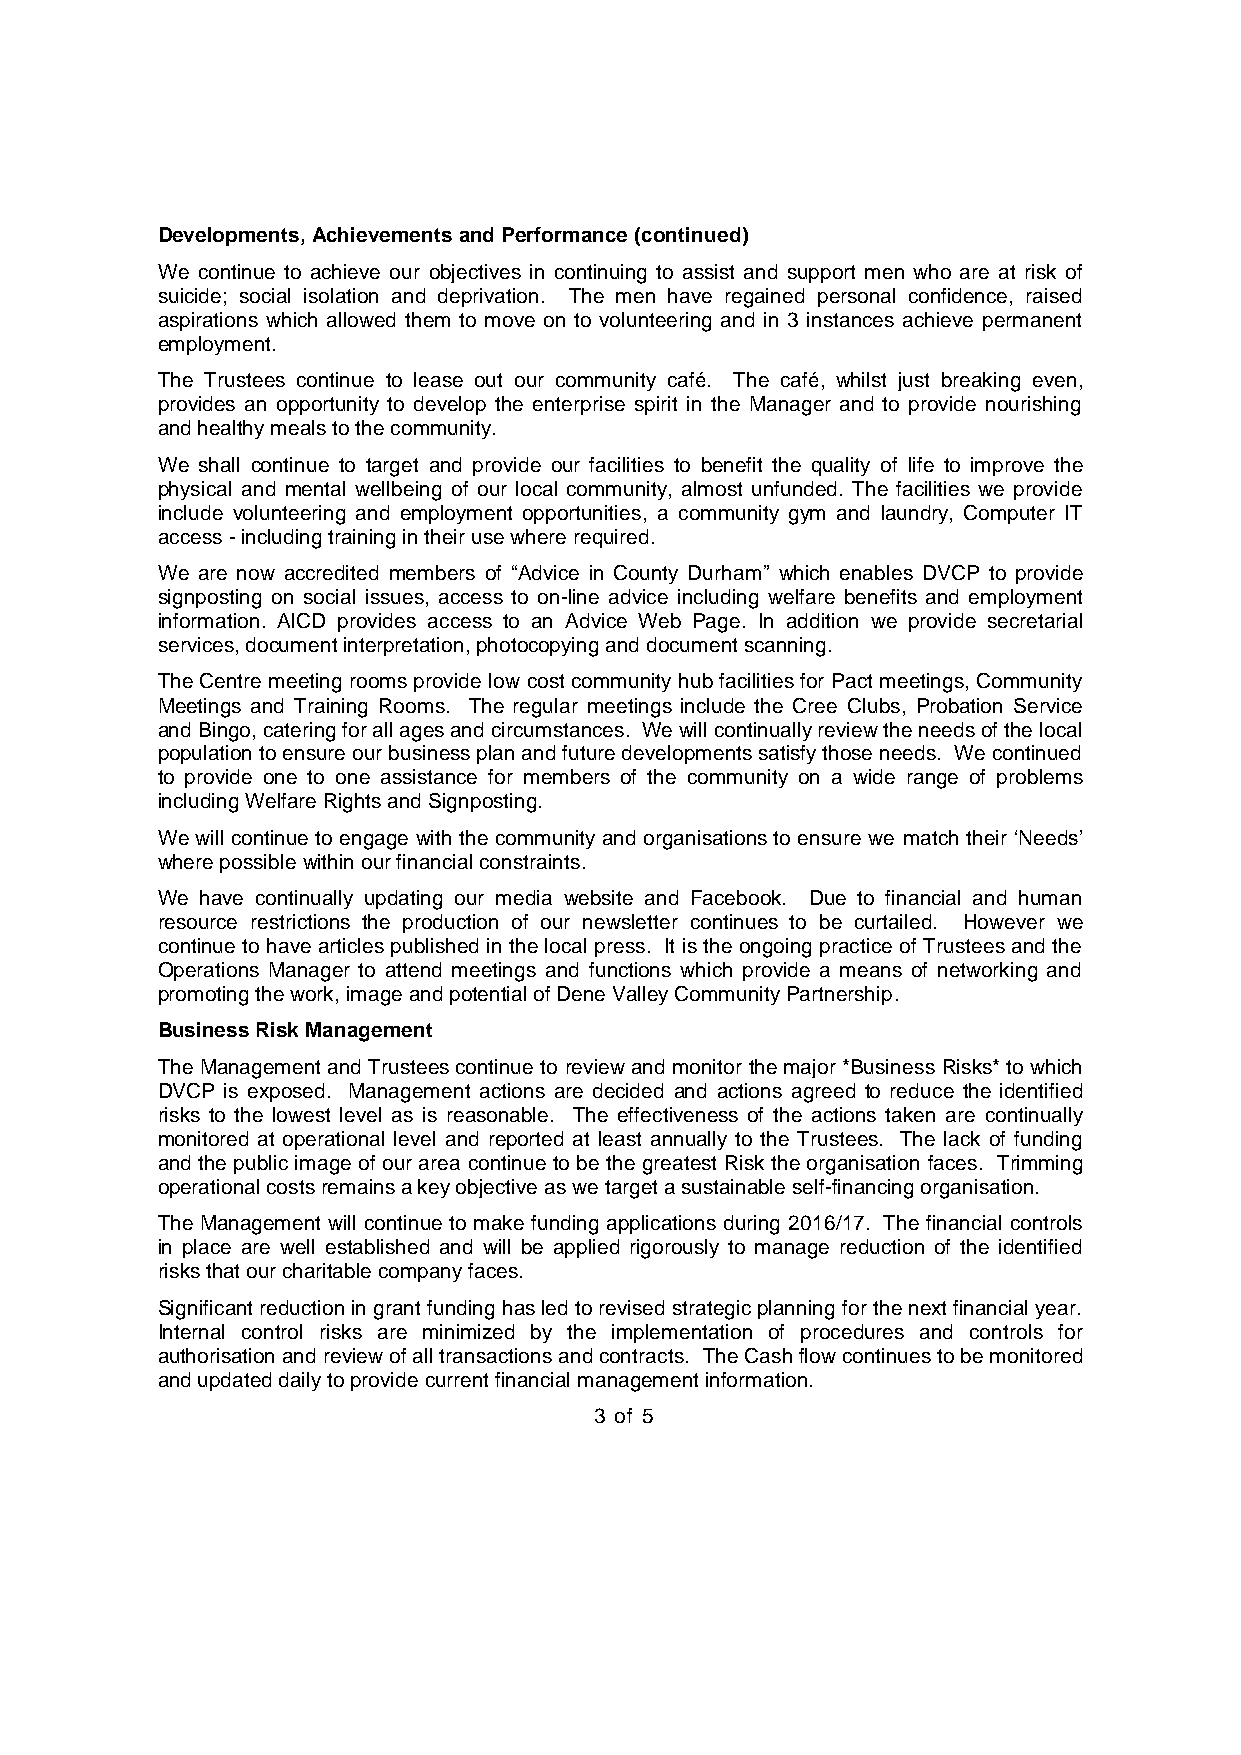
Developments, Achievements and Performance (continued)
 We continue to achieve our objectives in continuing to assist and support men who are at risk of
 suicide; social isolation and deprivation. The men have regained personal confidence, raised
 aspirations which allowed them to move on to volunteering and in 3 instances achieve permanent
 employment.
 The Trustees continue to lease out our community café. The café, whilst just breaking even,
 provides an opportunity to develop the enterprise spirit in the Manager and to provide nourishing
 and healthy meals to the community.
 We shall continue to target and provide our facilities to benefit the quality of life to improve the
 physical and mental wellbeing of our local community, almost unfunded. The facilities we provide
 include volunteering and employment opportunities, a community gym and laundry, Computer IT
 access - including training in their use where required.
 We are now accredited members of “Advice in County Durham” which enables DVCP to provide
 signposting on social issues, access to on-line advice including welfare benefits and employment
 information. AICD provides access to an Advice Web Page. In addition we provide secretarial
 services, document interpretation, photocopying and document scanning.
 The Centre meeting rooms provide low cost community hub facilities for Pact meetings, Community
 Meetings and Training Rooms. The regular meetings include the Cree Clubs, Probation Service
 and Bingo, catering for all ages and circumstances. We will continually review the needs of the local
 population to ensure our business plan and future developments satisfy those needs. We continued
 to provide one to one assistance for members of the community on a wide range of problems
 including Welfare Rights and Signposting.
 We will continue to engage with the community and organisations to ensure we match their ‘Needs’
 where possible within our financial constraints.
 We have continually updating our media website and Facebook. Due to financial and human
 resource restrictions the production of our newsletter continues to be curtailed. However we
 continue to have articles published in the local press. It is the ongoing practice of Trustees and the
 Operations Manager to attend meetings and functions which provide a means of networking and
 promoting the work, image and potential of Dene Valley Community Partnership.
 Business Risk Management
 The Management and Trustees continue to review and monitor the major *Business Risks* to which
 DVCP is exposed. Management actions are decided and actions agreed to reduce the identified
 risks to the lowest level as is reasonable. The effectiveness of the actions taken are continually
 monitored at operational level and reported at least annually to the Trustees. The lack of funding
 and the public image of our area continue to be the greatest Risk the organisation faces. Trimming
 operational costs remains a key objective as we target a sustainable self-financing organisation.
 The Management will continue to make funding applications during 2016/17. The financial controls
 in place are well established and will be applied rigorously to manage reduction of the identified
 risks that our charitable company faces.
 Significant reduction in grant funding has led to revised strategic planning for the next financial year.
 Internal control risks are minimized by the implementation of procedures and controls for
 authorisation and review of all transactions and contracts. The Cash flow continues to be monitored
 and updated daily to provide current financial management information.
 3 of 5